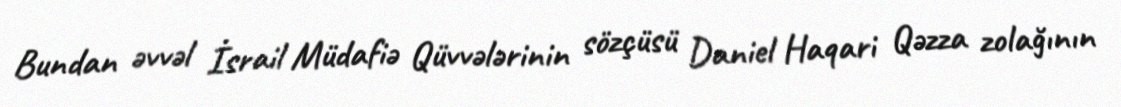
Bundan əvvəl İsrail Müdafiə Qüvvələrinin sözçüsü Daniel Haqari Qəzza zolağının